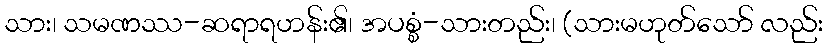
သား၊ သမဏဿ-ဆရာရဟန်း၏၊ အပစ္စံ-သားတည်း၊ (သားမဟုတ်သော် လည်း